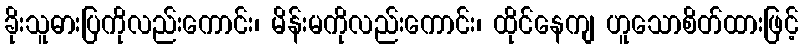
ခိုးသူဓားပြကိုလည်းကောင်း၊ မိန်းမကိုလည်းကောင်း၊ ထိုင်နေကျ ဟူသောစိတ်ထားဖြင့်